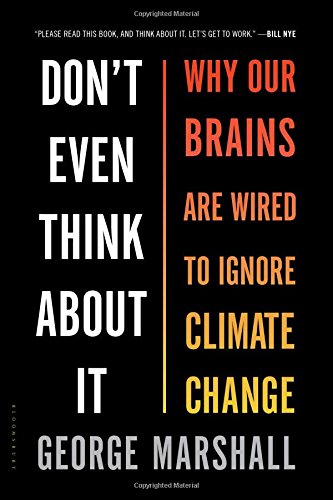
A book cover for Don't Even Think About It: Why Our Brains Are Wired to Ignore Climate Change; George Marshall; Science & Math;